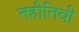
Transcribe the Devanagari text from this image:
तहीतिवी